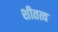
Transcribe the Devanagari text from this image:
शीतत्व